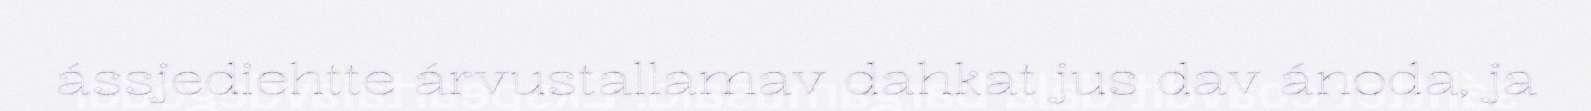
ássjediehtte árvustallamav dahkat jus dav ánoda, ja